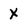
Character: X